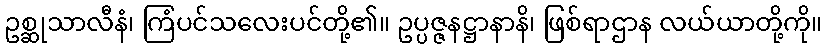
ဥစ္ဆုသာလီနံ၊ ကြံပင်သလေးပင်တို့၏။ ဥပ္ပဇ္ဇနဋ္ဌာနာနိ၊ ဖြစ်ရာဌာန လယ်ယာတို့ကို။